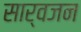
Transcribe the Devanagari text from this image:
सार्वजन